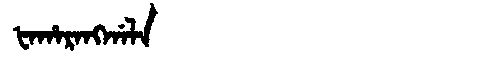
Manchu: ᡶᠠᡥᠠᡵᠠᠩᡤᠠᠯᠠ
Romanization: FAHARANGGALA